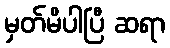
မှတ်မိပါပြီ ဆရာ